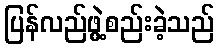
ပြန်လည်ဖွဲ့စည်းခဲ့သည်